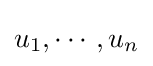
u_{1},\cdots ,u_{n}